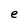
Character: e